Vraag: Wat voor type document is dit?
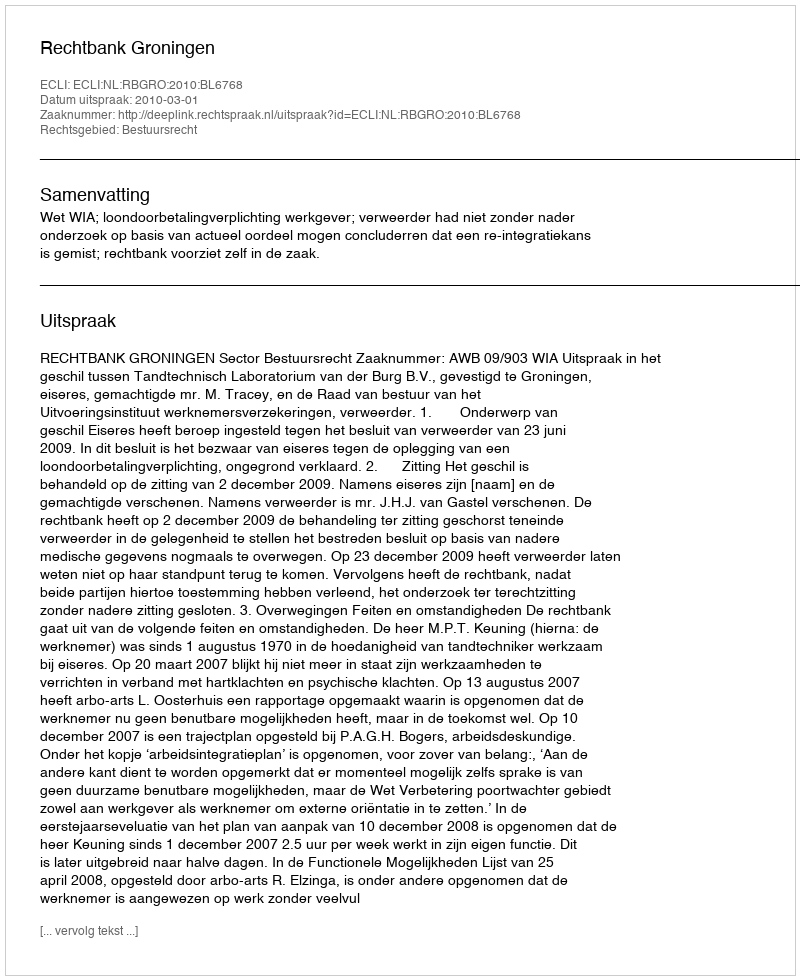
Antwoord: Uitspraak